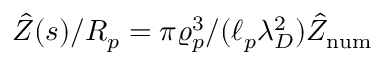
\hat { Z } ( s ) / R _ { p } = \pi \varrho _ { p } ^ { 3 } / ( \ell _ { p } \lambda _ { D } ^ { 2 } ) \hat { Z } _ { \mathrm { n u m } }